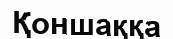
Қоншаққа